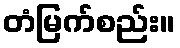
တံမြက်စည်း။